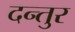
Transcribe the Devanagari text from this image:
दन्तुर